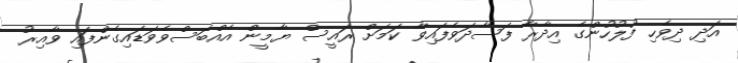
އަދި ދިވެހި ފުލުހުންގެ އިދާރާ ފަސާދަވެފައިވާ ކަމަށް ރައީސް ޔާމީން އެއްބަސްވެވަޑައިގެންފައި ވާއިރު